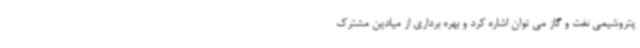
پتروشیمی نفت و گاز می توان اشاره کرد و بهره برداری از میادین مشترک